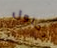
بحلول